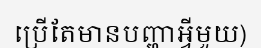
ប្រើតែមានបញ្ហាអ្វីមួយ)